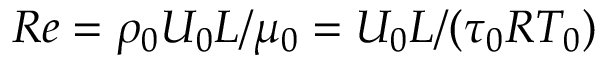
R e = \rho _ { 0 } U _ { 0 } L / \mu _ { 0 } = U _ { 0 } L / ( \tau _ { 0 } R T _ { 0 } )